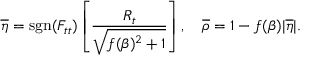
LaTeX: \overline { { { \eta } } } = \mathrm { s g n } ( F _ { t t } ) \left[ \frac { R _ { t } } { \sqrt { f ( \beta ) ^ { 2 } + 1 } } \right] , \quad \overline { { { \rho } } } = 1 - f ( \beta ) | \overline { { { \eta } } } | .